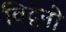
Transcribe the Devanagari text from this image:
विद्वनो